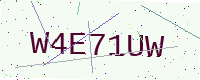
Text: W4E71UW